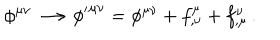
LaTeX: \phi ^ { \mu \nu } \longrightarrow { \phi ^ { \prime } } ^ { \mu \nu } = \phi ^ { \mu \nu } + f _ { , \nu } ^ { \mu } + f _ { , \mu } ^ { \nu } \, .